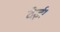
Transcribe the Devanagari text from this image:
देई।